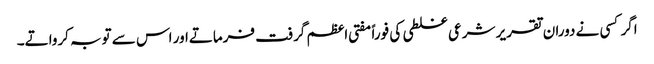
اگر کسی نے دوران تقریر شرعی غلطی کی فوراً مفتی اعظم گرفت فرماتےاور اس سے توبہ کرواتے۔